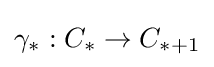
\gamma _{*}:C_{*}\to C_{*+1}